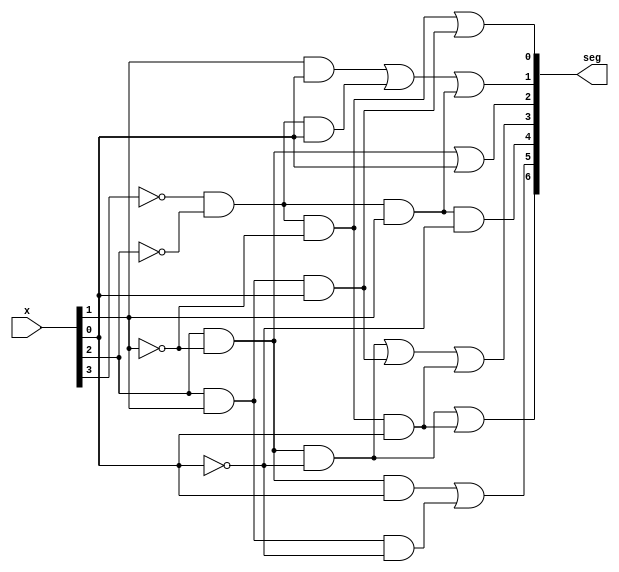
module bcdto7segment_dataflow(
    input [3:0] x,
    output [6:0] seg
    );
    
    assign seg[6] = (x[2]&(~x[1])&(~x[0]))|((~x[3])&(~x[2])&(~x[1])&x[0]);
    assign seg[5] = (x[2]&(~x[1])&x[0])|(x[2]&x[1]&(~x[0]));
    assign seg[4] = (~x[3])&(~x[2])&x[1]&(~x[0]);
    assign seg[3] = (x[2]&(~x[1])&(~x[0]))|(x[2]&x[1]&x[0])|((~x[3])&(~x[2])&(~x[1])&x[0]);
    assign seg[2] = (x[2]&(~x[1]))|x[0];
    assign seg[1] = (x[1]&x[0])|((~x[3])&(~x[2])&x[0])|((~x[3])&(~x[2])&x[1]);
    assign  seg[0] = ((~x[3])&(~x[2])&(~x[1]))|(x[2]&x[1]&x[0]);
 
endmodule